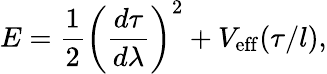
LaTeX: E=\frac{1}{2}\left(\frac{d\tau}{d\lambda}\right)^{2}+V_{\mathrm{eff}}(\tau/l),